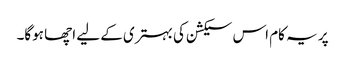
پر یہ کام اس سیکشن کی بہتری کے لیے اچھا ہوگا۔